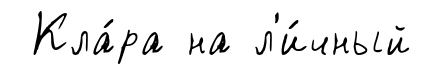
Кла́ра на л'и́чный